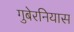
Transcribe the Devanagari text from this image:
गुबेरनियास